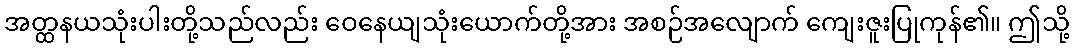
အတ္ထနယသုံးပါးတို့သည်လည်း ဝေနေယျသုံးယောက်တို့အား အစဉ်အလျောက် ကျေးဇူးပြုကုန်၏။ ဤသို့